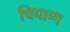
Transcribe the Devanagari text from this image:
चियाम्ग